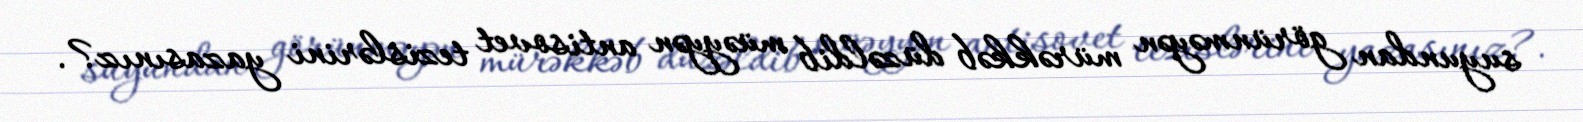
suyundan görünməyən mürəkkəb düzəldib müəyyən antisovet tezislərini yazasınız?.